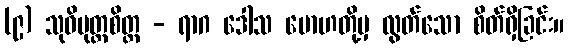
(၉) သုဝိမုတ္တစိတ္တ - ရာဂ ဒေါသ မောဟတို့မှ လွတ်သော စိတ်ရှိခြင်း။